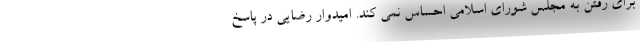
برای رفتن به مجلس شورای اسلامی احساس نمی کند. امیدوار رضایی در پاسخ